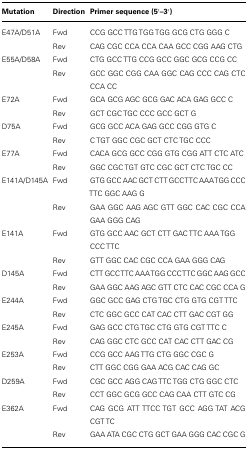
<table><thead><tr><td><b>Mutation</b></td><td><b>Direction</b></td><td><b>Primer sequence (5′–3′)</b></td></tr></thead><tbody><tr><td>E47A/D51A</td><td>Fwd</td><td>CCG GCC TTG TGG TGG GCG CTG GGG C</td></tr><tr><td></td><td>Rev</td><td>CAG CGC CCA CCA CAA GCC CGG AAG CTG</td></tr><tr><td>E55A/D58A</td><td>Fwd</td><td>CTG GCC TTG CCG GCC GGC GCG CCG CC</td></tr><tr><td></td><td>Rev</td><td>GCC GGC CGG CAA GGC CAG CCC CAG CTC CCA CC</td></tr><tr><td>E72A </td><td>Fwd</td><td>GCA GCG AGC GCG GAC ACA GAG GCC C</td></tr><tr><td></td><td>Rev</td><td>GCT CGC TGC CCC GCC GCT G</td></tr><tr><td>D75A</td><td>Fwd</td><td>GCG GCC ACA GAG GCC CGG GTG C</td></tr><tr><td></td><td>Rev</td><td>C TGT GGC CGC GCT CTC TGC CCC</td></tr><tr><td>E77A</td><td>Fwd</td><td>CACA GCG GCC CGG GTG CGG ATT CTC ATC</td></tr><tr><td></td><td>Rev</td><td>GGC CGC TGT GTC CGC GCT CTC TGC CC</td></tr><tr><td>E141A/D145A</td><td>Fwd</td><td>GTG GCC AAC GCT CTT GCC TTC AAA TGG CCC TTC GGC AAG G</td></tr><tr><td></td><td>Rev</td><td>GAA GGC AAG AGC GTT GGC CAC CGC CCA GAA GGG CAG</td></tr><tr><td>E141A</td><td>Fwd</td><td>GTG GCC AAC GCT CTT GAC TTC AAA TGG CCC TTC</td></tr><tr><td></td><td>Rev</td><td>GTT GGC CAC CGC CCA GAA GGG CAG</td></tr><tr><td>D145A </td><td>Fwd</td><td>CTT GCC TTC AAA TGG CCC TTC GGC AAG GCC</td></tr><tr><td></td><td>Rev</td><td>GAA GGC AAG AGC GTT CTC CAC CGC CCA G</td></tr><tr><td>E244A</td><td>Fwd</td><td>GGC GCC GAG CTG TGC CTG GTG CGT TTC</td></tr><tr><td></td><td>Rev</td><td>CTC GGC GCC CAT CAC CTT GAC CGT GG</td></tr><tr><td>E245A</td><td>Fwd</td><td>GAG GCC CTG TGC CTG GTG CGT TTC C</td></tr><tr><td></td><td>Rev</td><td>CAG GGC CTC GCC CAT CAC CTT GAC CG</td></tr><tr><td>E253A</td><td>Fwd</td><td>CCG GCC AAG TTG CTG GGC CGC G</td></tr><tr><td></td><td>Rev</td><td>CTT GGC CGG GAA ACG CAC CAG GC</td></tr><tr><td>D259A</td><td>Fwd</td><td>CGC GCC AGG CAG TTC TGG CTG GGC CTC</td></tr><tr><td></td><td>Rev</td><td>CCT GGC GCG GCC CAG CAA CTT GTC CG</td></tr><tr><td>E362A</td><td>Fwd</td><td>CAG GCG ATT TTCC TGT GCC AGG TAT ACG CGT TC</td></tr><tr><td></td><td>Rev</td><td>GAA ATA CGC CTG GCT GAA GGG CAC CGC G</td></tr></tbody></table>